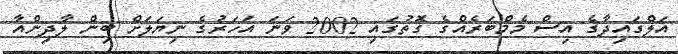
އަލްގައިދާގެ އިސް މެމްބަރެއްގެ ގޮތުގައި 2002 ވަނަ އަހަރުގެ ނިޔަލަށް ބިން ލާދިންއާ